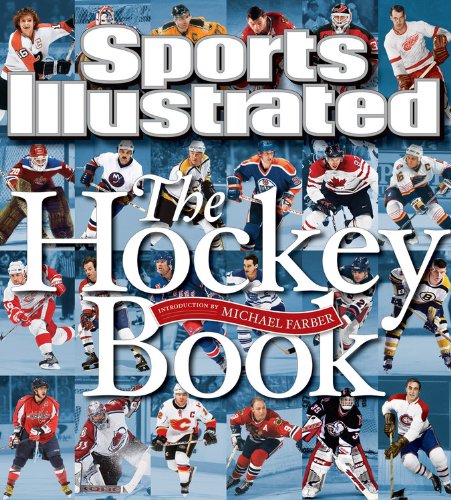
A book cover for Sports Illustrated The Hockey Book; Editors of Sports Illustrated; Sports & Outdoors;